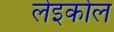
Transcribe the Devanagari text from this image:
लेइकोल